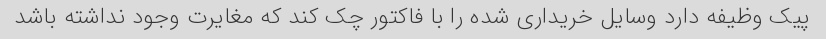
پیک وظیفه دارد وسایل خریداری شده را با فاکتور چک کند که مغایرت وجود نداشته باشد